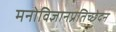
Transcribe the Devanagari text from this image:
मनोविज्ञानप्रतिच्छेदन